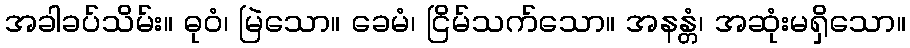
အခါခပ်သိမ်း။ ဓုဝံ၊ မြဲသော။ ခေမံ၊ ငြိမ်သက်သော။ အနန္တံ၊ အဆုံးမရှိသော။